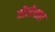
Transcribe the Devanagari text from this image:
तोसेफ्ता